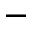
-